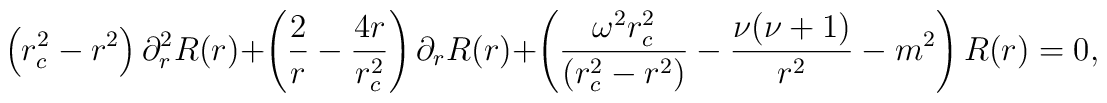
\left(r_{c}^2 - r^2 \right) \partial_{r}^2 R(r) + \left(\frac{2}{r}  - \frac{4r}{r_{c}^2} \right) \partial_{r} R(r) +\left(\frac{\omega^2 r_{c}^2}{(r_{c}^2 - r^2)} -  \frac{\nu(\nu+1)}{r^2} - m^2\right) R(r) =0,